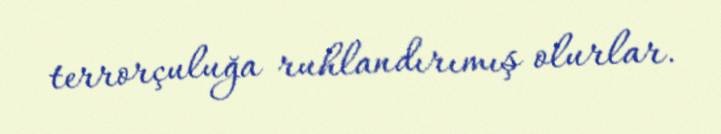
terrorçuluğa ruhlandırımış olurlar.